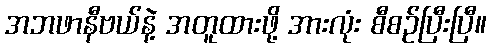
အဘဖာနီဗယ်နဲ့ အတူထားဖို့ အားလုံး စီစဉ်ပြီးပြီ။